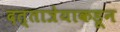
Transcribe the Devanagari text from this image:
दत्तात्रेयाकडून